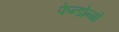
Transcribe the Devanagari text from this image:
फेन्डोन्गो